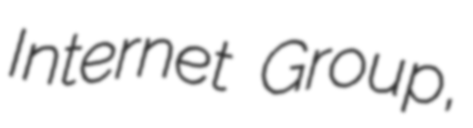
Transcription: Internet Group,